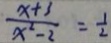
\frac { x + 3 } { x ^ { 2 } - 2 } = \frac { 1 } { 2 }